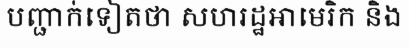
បញ្ជាក់ទៀតថា សហរដ្ឋអាមេរិក និង